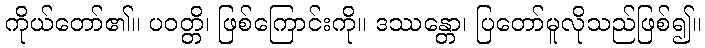
ကိုယ်တော်၏။ ပဝတ္တိ၊ ဖြစ်ကြောင်းကို။ ဒဿန္တော၊ ပြတော်မူလိုသည်ဖြစ်၍။